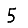
Digit: 5